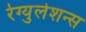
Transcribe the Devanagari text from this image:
रेग्युलेशन्स